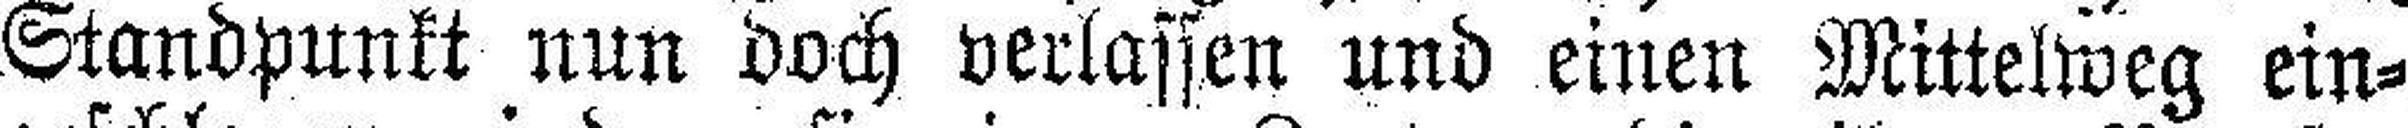
Standpunkt nun doch verlassen und einen Mittelweg ein¬